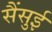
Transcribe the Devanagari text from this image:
सैंसुई